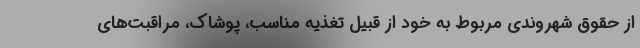
از حقوق شهروندی مربوط به خود از قبیل تغذیه مناسب، پوشاک، مراقبت‌های